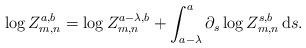
LaTeX: \begin{align*}\log Z_{m,n}^{a,b}=\log Z_{m,n}^{a-\lambda,b}+\int_{a-\lambda}^a \partial_s \log Z_{m,n}^{s,b}\,\mathrm{d}s.\end{align*}